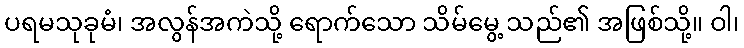
ပရမသုခုမံ၊ အလွန်အကဲသို့ ရောက်သော သိမ်မွေ့ သည်၏ အဖြစ်သို့။ ဝါ၊